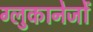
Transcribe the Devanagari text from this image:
ग्लुकानेजों